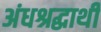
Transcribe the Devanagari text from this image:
अंधश्रद्धाथी